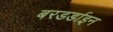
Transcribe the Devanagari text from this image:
बरडर्डाइन